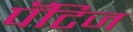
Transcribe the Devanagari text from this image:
पॅटिज